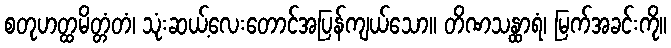
စတုဟတ္ထမိတ္တံတံ၊ သုံးဆယ့်လေးတောင်အပြန်ကျယ်သော။ တိဏသန္ထာရံ၊ မြက်အခင်းကို။